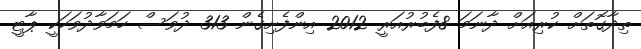
ތިދާގޮތަށް ކުރިއަށް ދާނަމަ 8ފެބުރުއަރީ 2012 އިންފެށިގެން 313 ދުވަސް ހަމަވާދުވަހަކީ ޕާޓީ